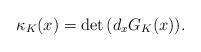
LaTeX: \begin{align*}\kappa_K ( x ) = \det \, ( d_x G_K(x) ) . \end{align*}